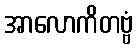
အာလောကိတဗ္ဗံ